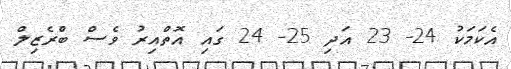
އެކަމަކު 24- 23 އަދި 25- 24 ގައި އޮތްއިރު ވެސް ބްރެޒިލް